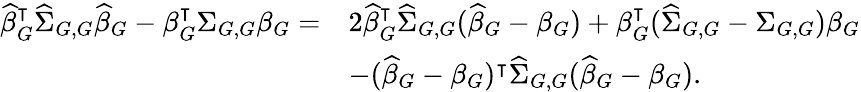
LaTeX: \begin{array}{rl}{\widehat{\beta}_{G}^{\intercal}\widehat{\Sigma}_{G,G}\widehat{\beta}_{G}-\beta_{G}^{\intercal}\Sigma_{G,G}\beta_{G}=}&{2\widehat{\beta}_{G}^{\intercal}\widehat{\Sigma}_{G,G}(\widehat{\beta}_{G}-\beta_{G})+\beta_{G}^{\intercal}(\widehat{\Sigma}_{G,G}-\Sigma_{G,G})\beta_{G}}\\ &{-(\widehat{\beta}_{G}-\beta_{G})^{\intercal}\widehat{\Sigma}_{G,G}(\widehat{\beta}_{G}-\beta_{G}).}\end{array}